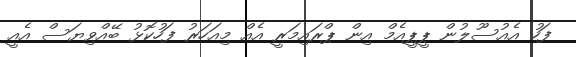
ފަހު އެއުސޫލުން ޕީޕީއެމް އިން ޕްރައިމަރީ އެއް މިއަހަރު ފަހުކޮޅު ބޭއްވިޔަސް އެއީ